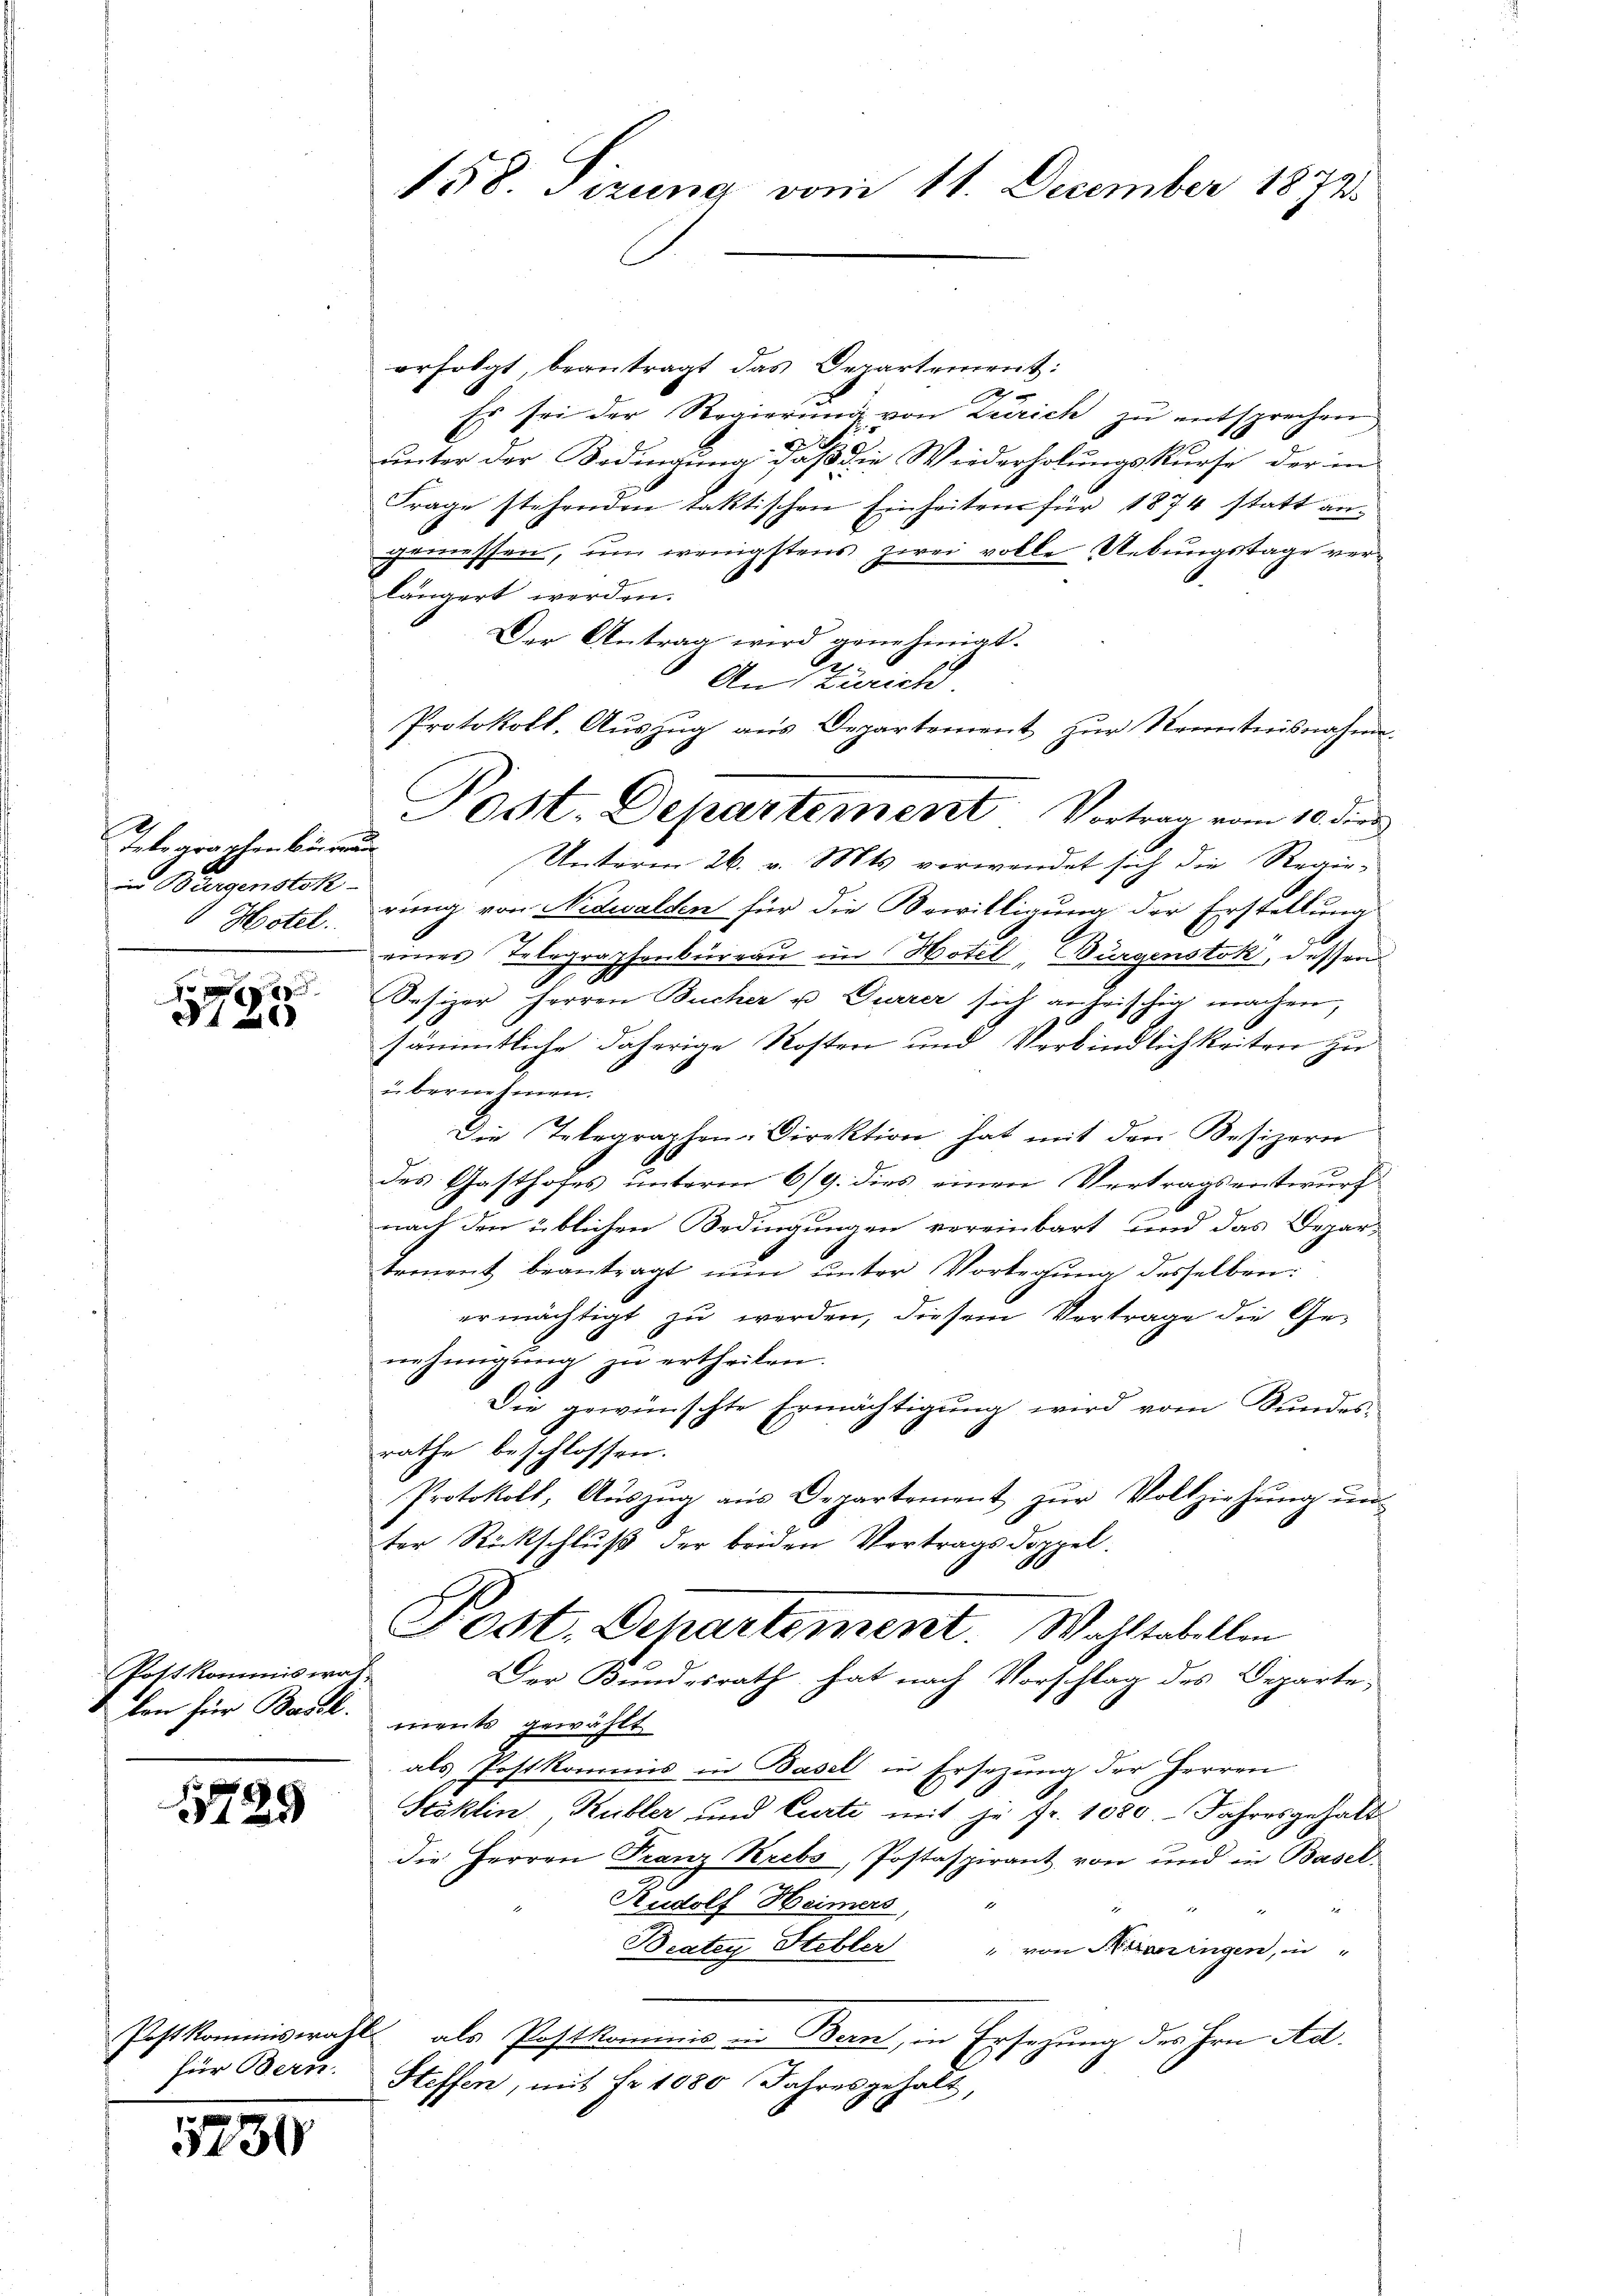
d
Telegraphenbüreau
in Bergenstok
"Hotel.

g
t

Postkommiswas

1729

für Bern.

1730

158. Tizung vom 11. December 1872.

erfolgt, beantragt das Departement:
Ah
Es sei der Regierung von Zürich zu entsprechen
unter der Bedingung daß die Wiederholungskurse der in
Frage stehenden taktischen Einheitens für 1874 statt angemessen, um wenigstens zwei volle Uebungstage verlängert werden.
Der Antrag wird genehmigt.
A.
An Zürich
Protokoll. Aŭszŭg aŭs Departement zŭr Kenntnisnahme.
Unterm 26. v. Mts. verwendet sich die Regierung von Nidwalden für die Bewilligung der Erstellung
einer Telegraphenbureau im Hotel, Burgenstok, dessen
Sesizer Herren Bucher u Furrer sich anheischig machen,
sämmtliche daherige Kosten und Verbindlichkeiten zu
übernehmen.
Die Telegraphen-Direktion hat mit den Besizern
des Gasthofes unterm 6/9. dies einen Vertragsentwurf
nach den üblichen Bedingungen vereinbart und das Depar-
tement beantragt nŭn ŭnter Vorlegŭng desselben:
ermächtigt zu werden, diesem Vertrage die Genehmigung zŭ ertheilen.
Die gewünschte Ermächtigung wird vom Bundes-
rathe beschlossen.
Protokoll, Aŭszŭg aŭs Departement zŭr Vollziehŭng ŭn
ter Rückschluß der beiden Vortragsdoppel.
Post. Departement. Wahltabellen
Der Bundesrath hat nach Vorschlag des Departe,
kon für Basel. ments gewählt
als Postkommis in Basel in Ersezung der Herren
Stäklin, Kübler und Curti mit je fr. 1080. Jahresgehalt
die Herren Franz Krebs, Postaspirant von und in Basel-
Rudolf Heimers, "
e
Beatey Stebler
" von Niningen, in
Postkommiswahl, als Postkommis in Bern, in Ersezung des Hrn. Ad.
Steffen, mit Fr. 1080 Jahresgehalt,

Post. Departement Vortrag vom 10. dies